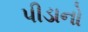
પીડાનો